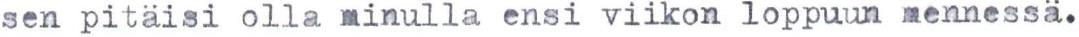
sen pitäisi olla minulla ensi viikon loppuun mennessä.